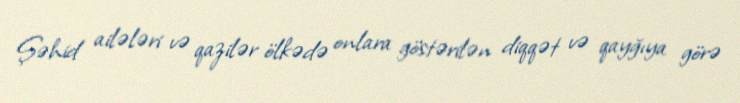
Şəhid ailələri və qazilər ölkədə onlara göstərilən diqqət və qayğıya görə